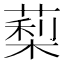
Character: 䔧